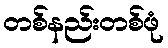
တစ်နည်းတစ်ဖုံ